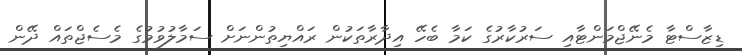
ޑިޒާސްޓާ މެނޭޖްމަންޓާއި ސަރުކާރުގެ ކަމާ ބެހޭ އިދާރާތަކުން ރައްޔިތުންނަށް ސަމާލުވުމުގެ މެސެޖްތައް ދޭން